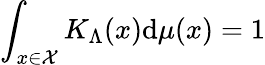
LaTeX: \int_{x\in{\cal{X}}}K_{\Lambda}(x)\mathrm{d}\mu(x)=1